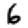
Digit: 6